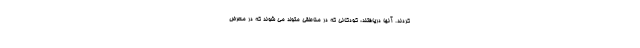
کردند. آنها دریافتند، کودکانی که در مناطقی متولد می شوند که در معرض